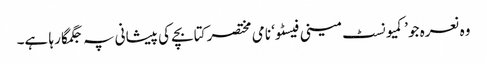
وہ نعرہ جو ’کمیونسٹ مینی فیسٹو‘ نامی مختصر کتابچے کی پیشانی پہ جگمگا رہا ہے۔